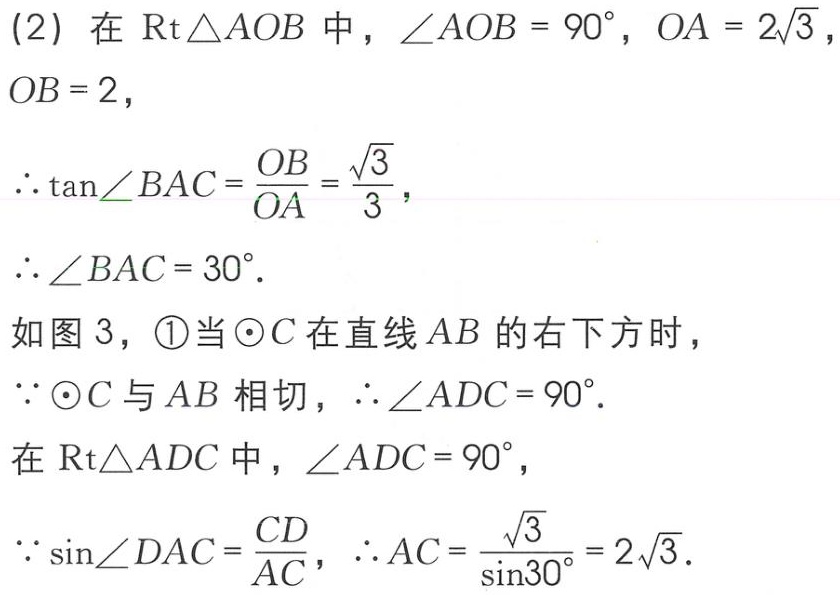
(2) 在 $\mathrm{Rt}\triangle AOB$ 中，$\angle AOB = 90^{\circ}$，$OA = 2\sqrt{3}$，$OB = 2$，
$\therefore \tan\angle BAC=\frac{OB}{OA}=\frac{\sqrt{3}}{3}$，
$\therefore \angle BAC = 30^{\circ}$.
如图 3，\textcircled{1}当 $\odot C$ 在直线 $AB$ 的右下方时，
$\because \odot C$ 与 $AB$ 相切，$\therefore \angle ADC = 90^{\circ}$.
在 $\mathrm{Rt}\triangle ADC$ 中，$\angle ADC = 90^{\circ}$，
$\because \sin\angle DAC=\frac{CD}{AC}$，$\therefore AC=\frac{\sqrt{3}}{\sin30^{\circ}} = 2\sqrt{3}$.